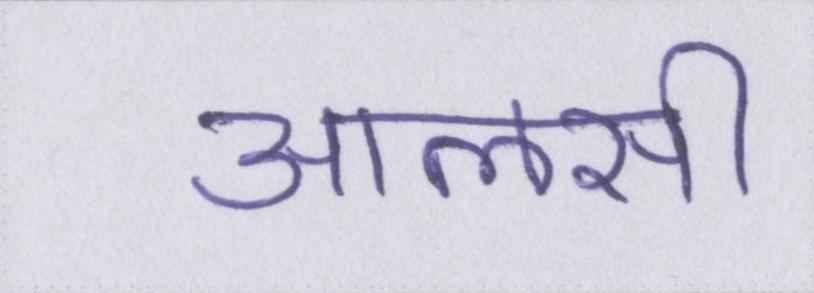
आलसी